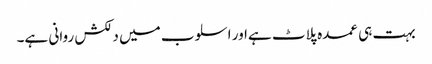
بہت ہی عمدہ پلاٹ ہےاور اسلوب میں دلکش روانی ہے۔